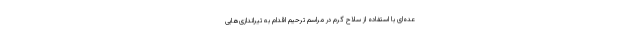
عده‌ای با استفاده از سلاح گرم در مراسم ترحیم اقدام به تیراندازی‌هایی